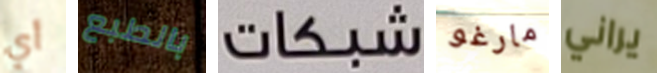
أي بالطبع شبكات مارغو يراني